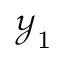
\mathcal { Y } _ { 1 }